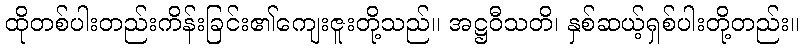
ထိုတစ်ပါးတည်းကိန်းခြင်း၏ကျေးဇူးတို့သည်။ အဋ္ဌဝီသတိ၊ နှစ်ဆယ့်ရှစ်ပါးတို့တည်း။